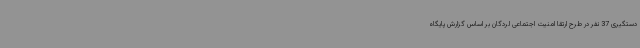
دستگیری 37 نفر در طرح ارتقا امنیت اجتماعی لردگان بر اساس گزارش پایگاه